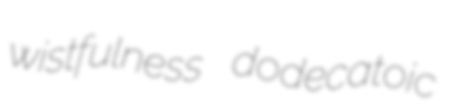
wistfulness dodecatoic